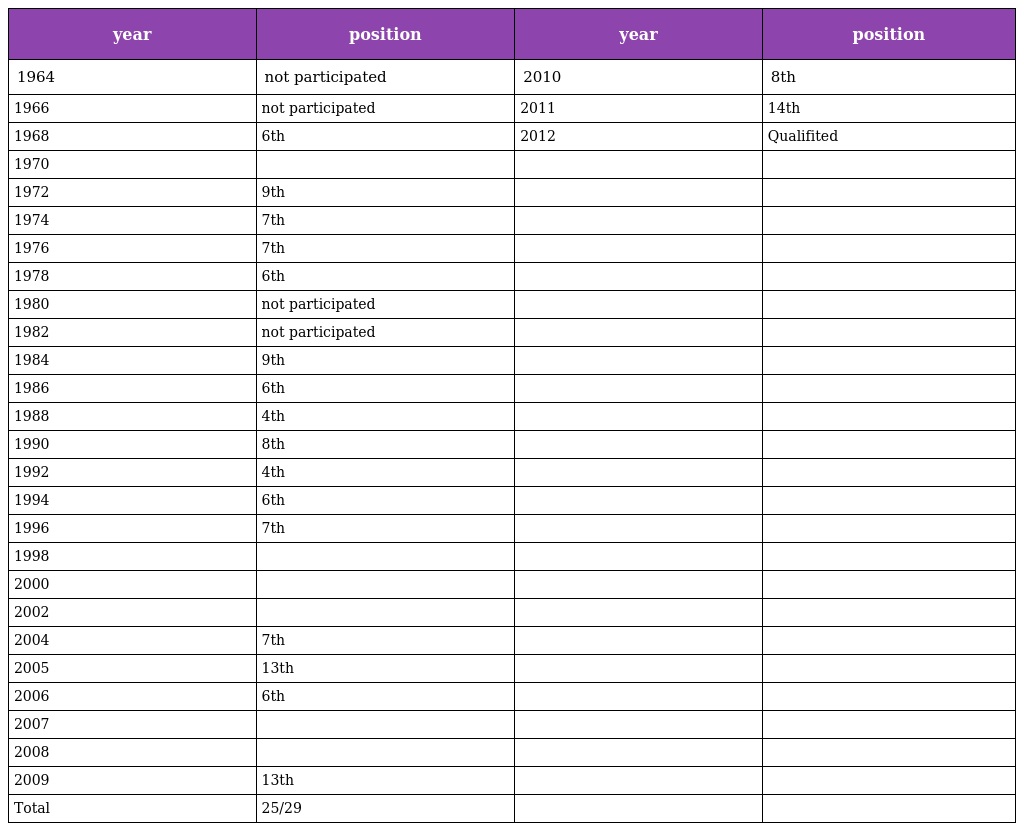
| year | position | year | position |
 | --- | --- | --- | --- |
 | 1964 | not participated | 2010 | 8th |
 | 1966 | not participated | 2011 | 14th |
 | 1968 | 6th | 2012 | Qualifited |
 | 1970 |  |  |  |
 | 1972 | 9th |  |  |
 | 1974 | 7th |  |  |
 | 1976 | 7th |  |  |
 | 1978 | 6th |  |  |
 | 1980 | not participated |  |  |
 | 1982 | not participated |  |  |
 | 1984 | 9th |  |  |
 | 1986 | 6th |  |  |
 | 1988 | 4th |  |  |
 | 1990 | 8th |  |  |
 | 1992 | 4th |  |  |
 | 1994 | 6th |  |  |
 | 1996 | 7th |  |  |
 | 1998 |  |  |  |
 | 2000 |  |  |  |
 | 2002 |  |  |  |
 | 2004 | 7th |  |  |
 | 2005 | 13th |  |  |
 | 2006 | 6th |  |  |
 | 2007 |  |  |  |
 | 2008 |  |  |  |
 | 2009 | 13th |  |  |
 | Total | 25/29 |  |  |